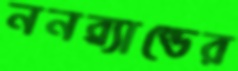
ননব্র্যান্ডের